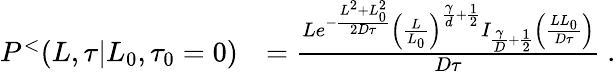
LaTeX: \begin{array}{rl}{P^{<}(L,\tau|L_{0},\tau_{0}=0)}&{=\frac{Le^{-\frac{L^{2}+L_{0}^{2}}{2D\tau}}\left(\frac{L}{L_{0}}\right)^{\frac{\gamma}{d}+\frac{1}{2}}I_{\frac{\gamma}{D}+\frac{1}{2}}\left(\frac{LL_{0}}{D\tau}\right)}{D\tau}\ .}\end{array}